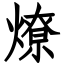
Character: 燎